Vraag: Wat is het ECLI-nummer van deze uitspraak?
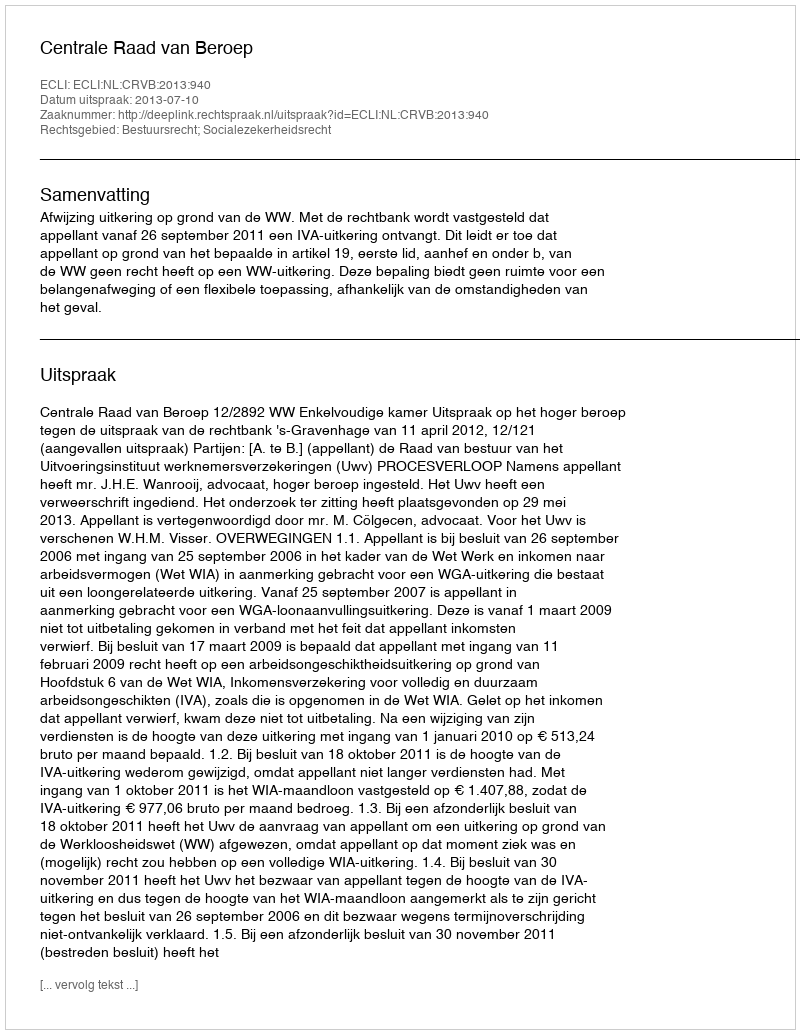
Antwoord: ECLI:NL:CRVB:2013:940